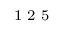
^ \textrm { \scriptsize 1 2 5 }